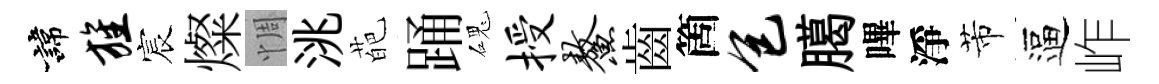
諱旌宸燦惆洮葩踊磈授鳌齒箇包臈嗶淨芾逼岞